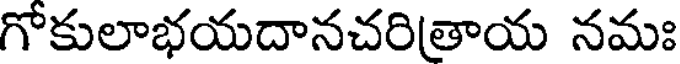
గోకులాభయదానచరిత్రాయ నమః